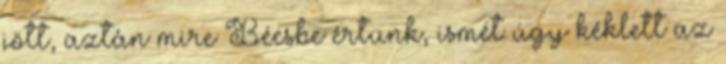
jött, aztán mire Bécsbe értünk, ismét úgy kéklett az